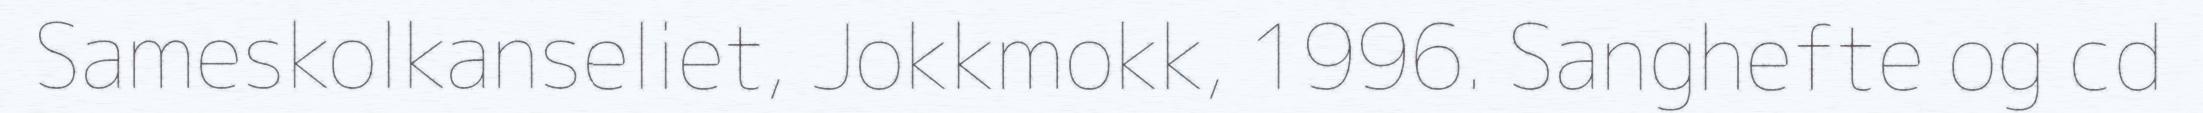
Sameskolkanseliet, Jokkmokk, 1996. Sanghefte og cd